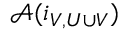
{ \mathcal { A } } ( i _ { V , U \cup V } )